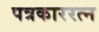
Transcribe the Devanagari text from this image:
पत्रकाररत्न